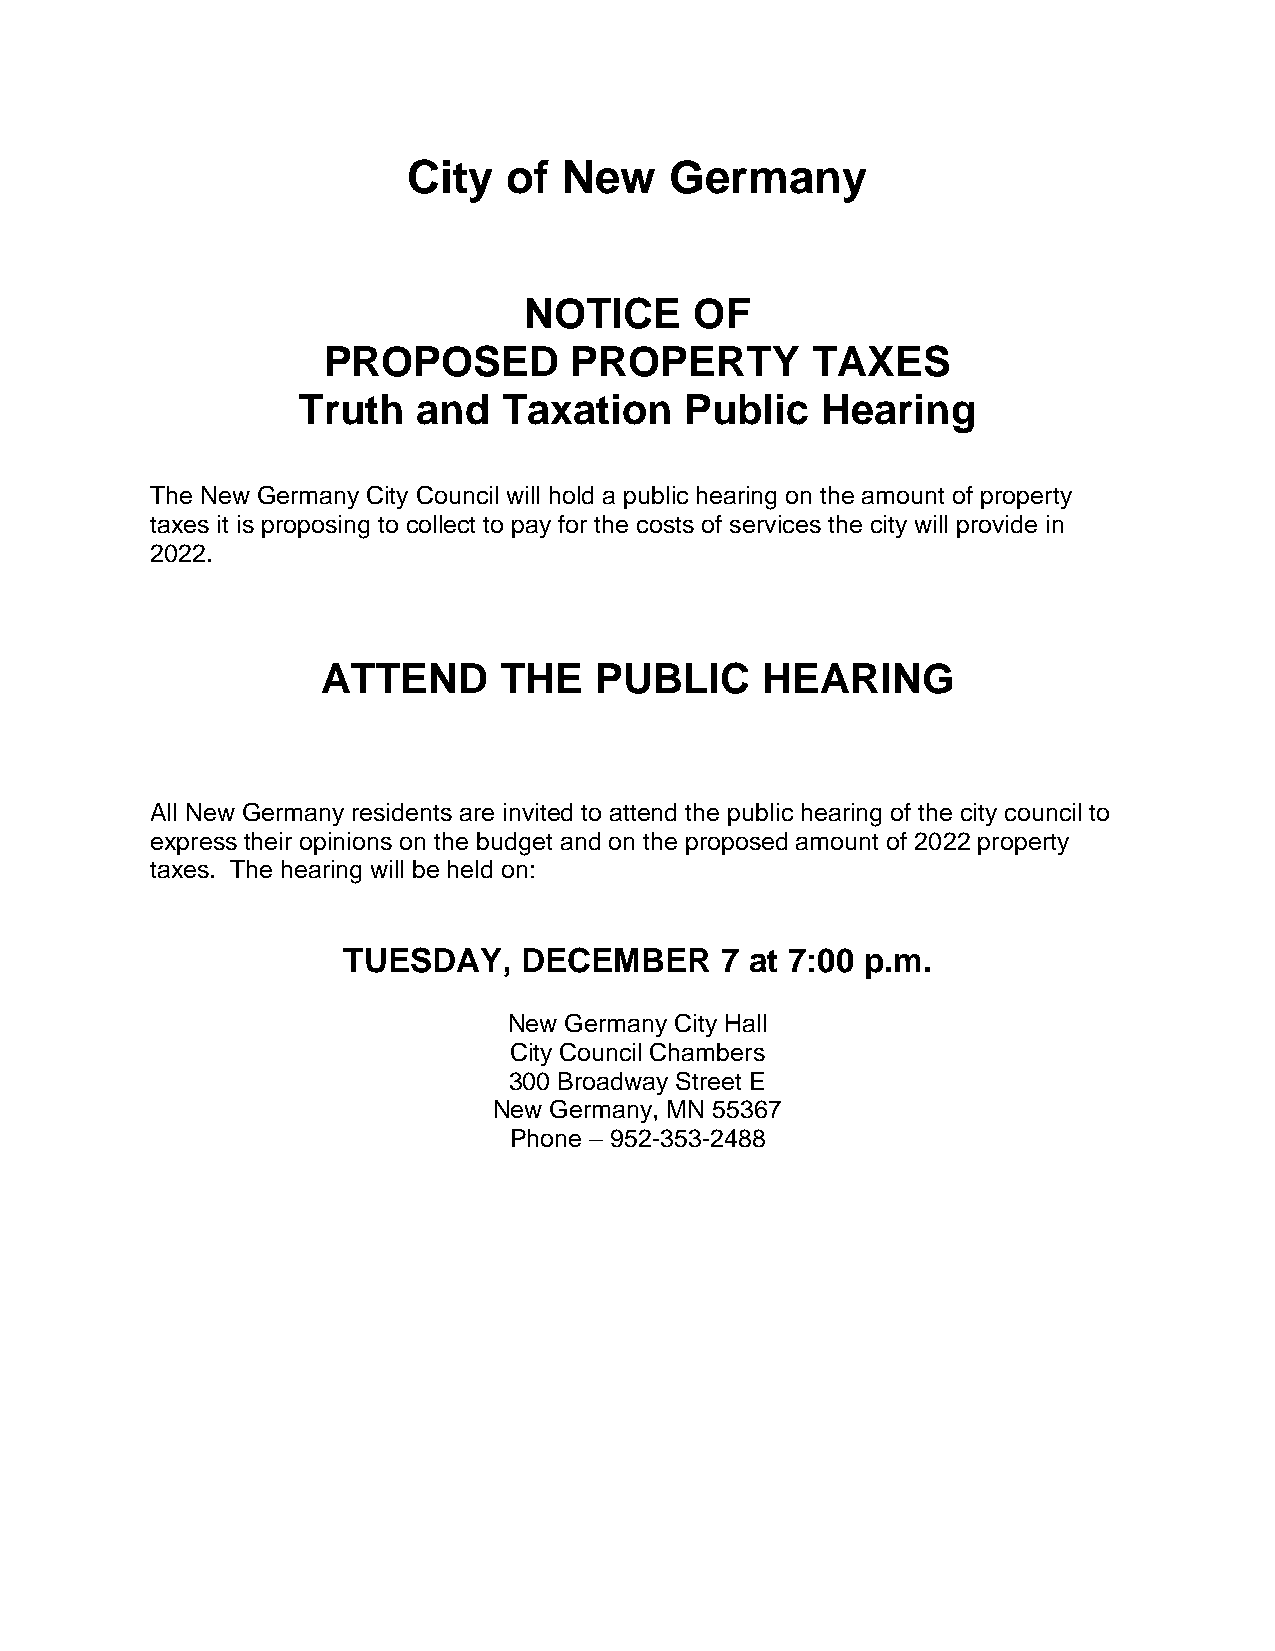
City   of New    Germany
 NOTICE     OF
 PROPOSED         PROPERTY        TAXES
 Truth   and  Taxation    Public   Hearing
 The New Germany City Council will hold a public hearing on the amount of property
 taxes it is proposing to collect to pay for the costs of services the city will provide in
 2022.
 ATTEND      THE   PUBLIC     HEARING
 All New Germany residents are invited to attend the public hearing of the city council to
 express their opinions on the budget and on the proposed amount of 2022 property
 taxes. The hearing will be held on:
 TUESDAY,   DECEMBER      7 at 7:00 p.m.
 New Germany City Hall
 City Council Chambers
 300 Broadway Street E
 New Germany, MN 55367
 Phone – 952-353-2488